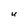
Character: U